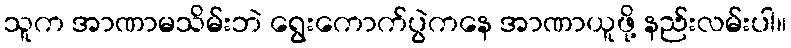
သူက အာဏာမသိမ်းဘဲ ရွေးကောက်ပွဲကနေ အာဏာယူဖို့ နည်းလမ်းပါ။